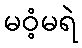
မဝံ့မရဲ